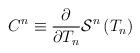
LaTeX: \begin{align*}C^n\equiv \frac \partial {\partial T_n}{\cal S}^n\left( T_n\right)\end{align*}